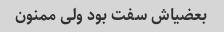
بعضیاش سفت بود ولی ممنون